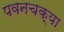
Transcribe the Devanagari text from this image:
पवनचक्या